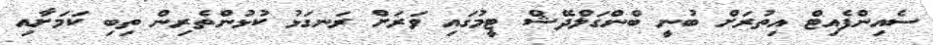
ސެއިންފެއިޓް އިތުރަށް ބުނީ ބްންގަލްދޭޝް ޓީމުގައި ވަރަށް ރަނގަޅު ކުޅުންތެރިން ތިބި ކަމަށާއި